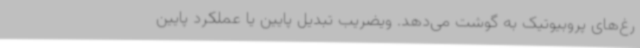
رغ‌های پروبیوتیک به گوشت می‌دهد. ویضریب تبدیل پایین یا عملکرد پایین